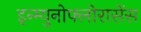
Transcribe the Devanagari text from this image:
इन्म्युनोफ्लोरासेंस